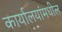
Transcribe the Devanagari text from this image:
कार्यालयांमधील